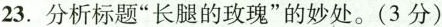
23.分析标题“长腿的玫瑰”的妙处。(3分)